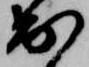
出